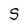
Character: S